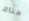
هناك